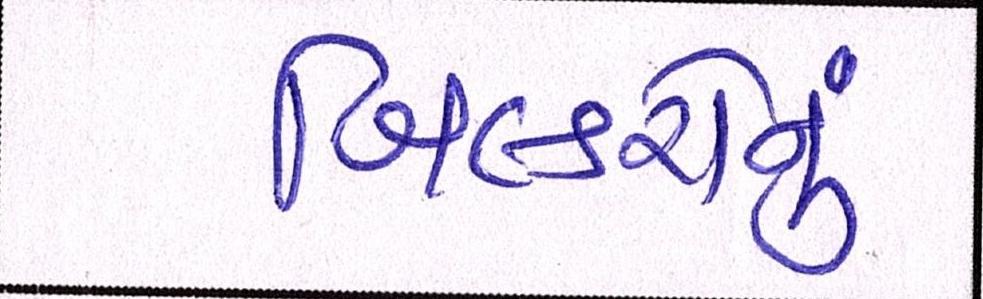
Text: બિલ્ડરોનું